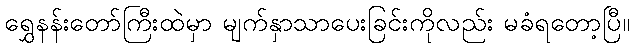
ရွှေနန်းတော်ကြီးထဲမှာ မျက်နှာသာပေးခြင်းကိုလည်း မခံရတော့ပြီ။